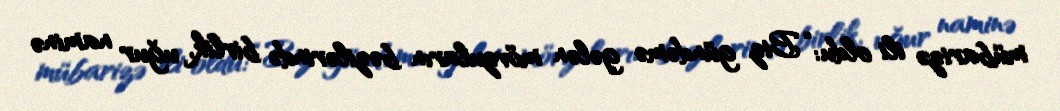
mübarizə ili oldu: “Biz gündəmə gələn mövzuların bəzilərində birlik, uğur naminə